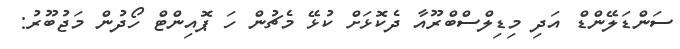
ސަންޑަލޭންޑް އަދި މިޑިލްސްބްރޫއާ ދެކޮޅަށް ކުޅޭ މެޗުން ހަ ޕޮއިންޓް ހޯދުން މަޖުބޫރު: